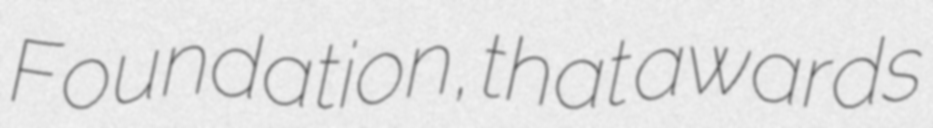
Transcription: Foundation, that awards